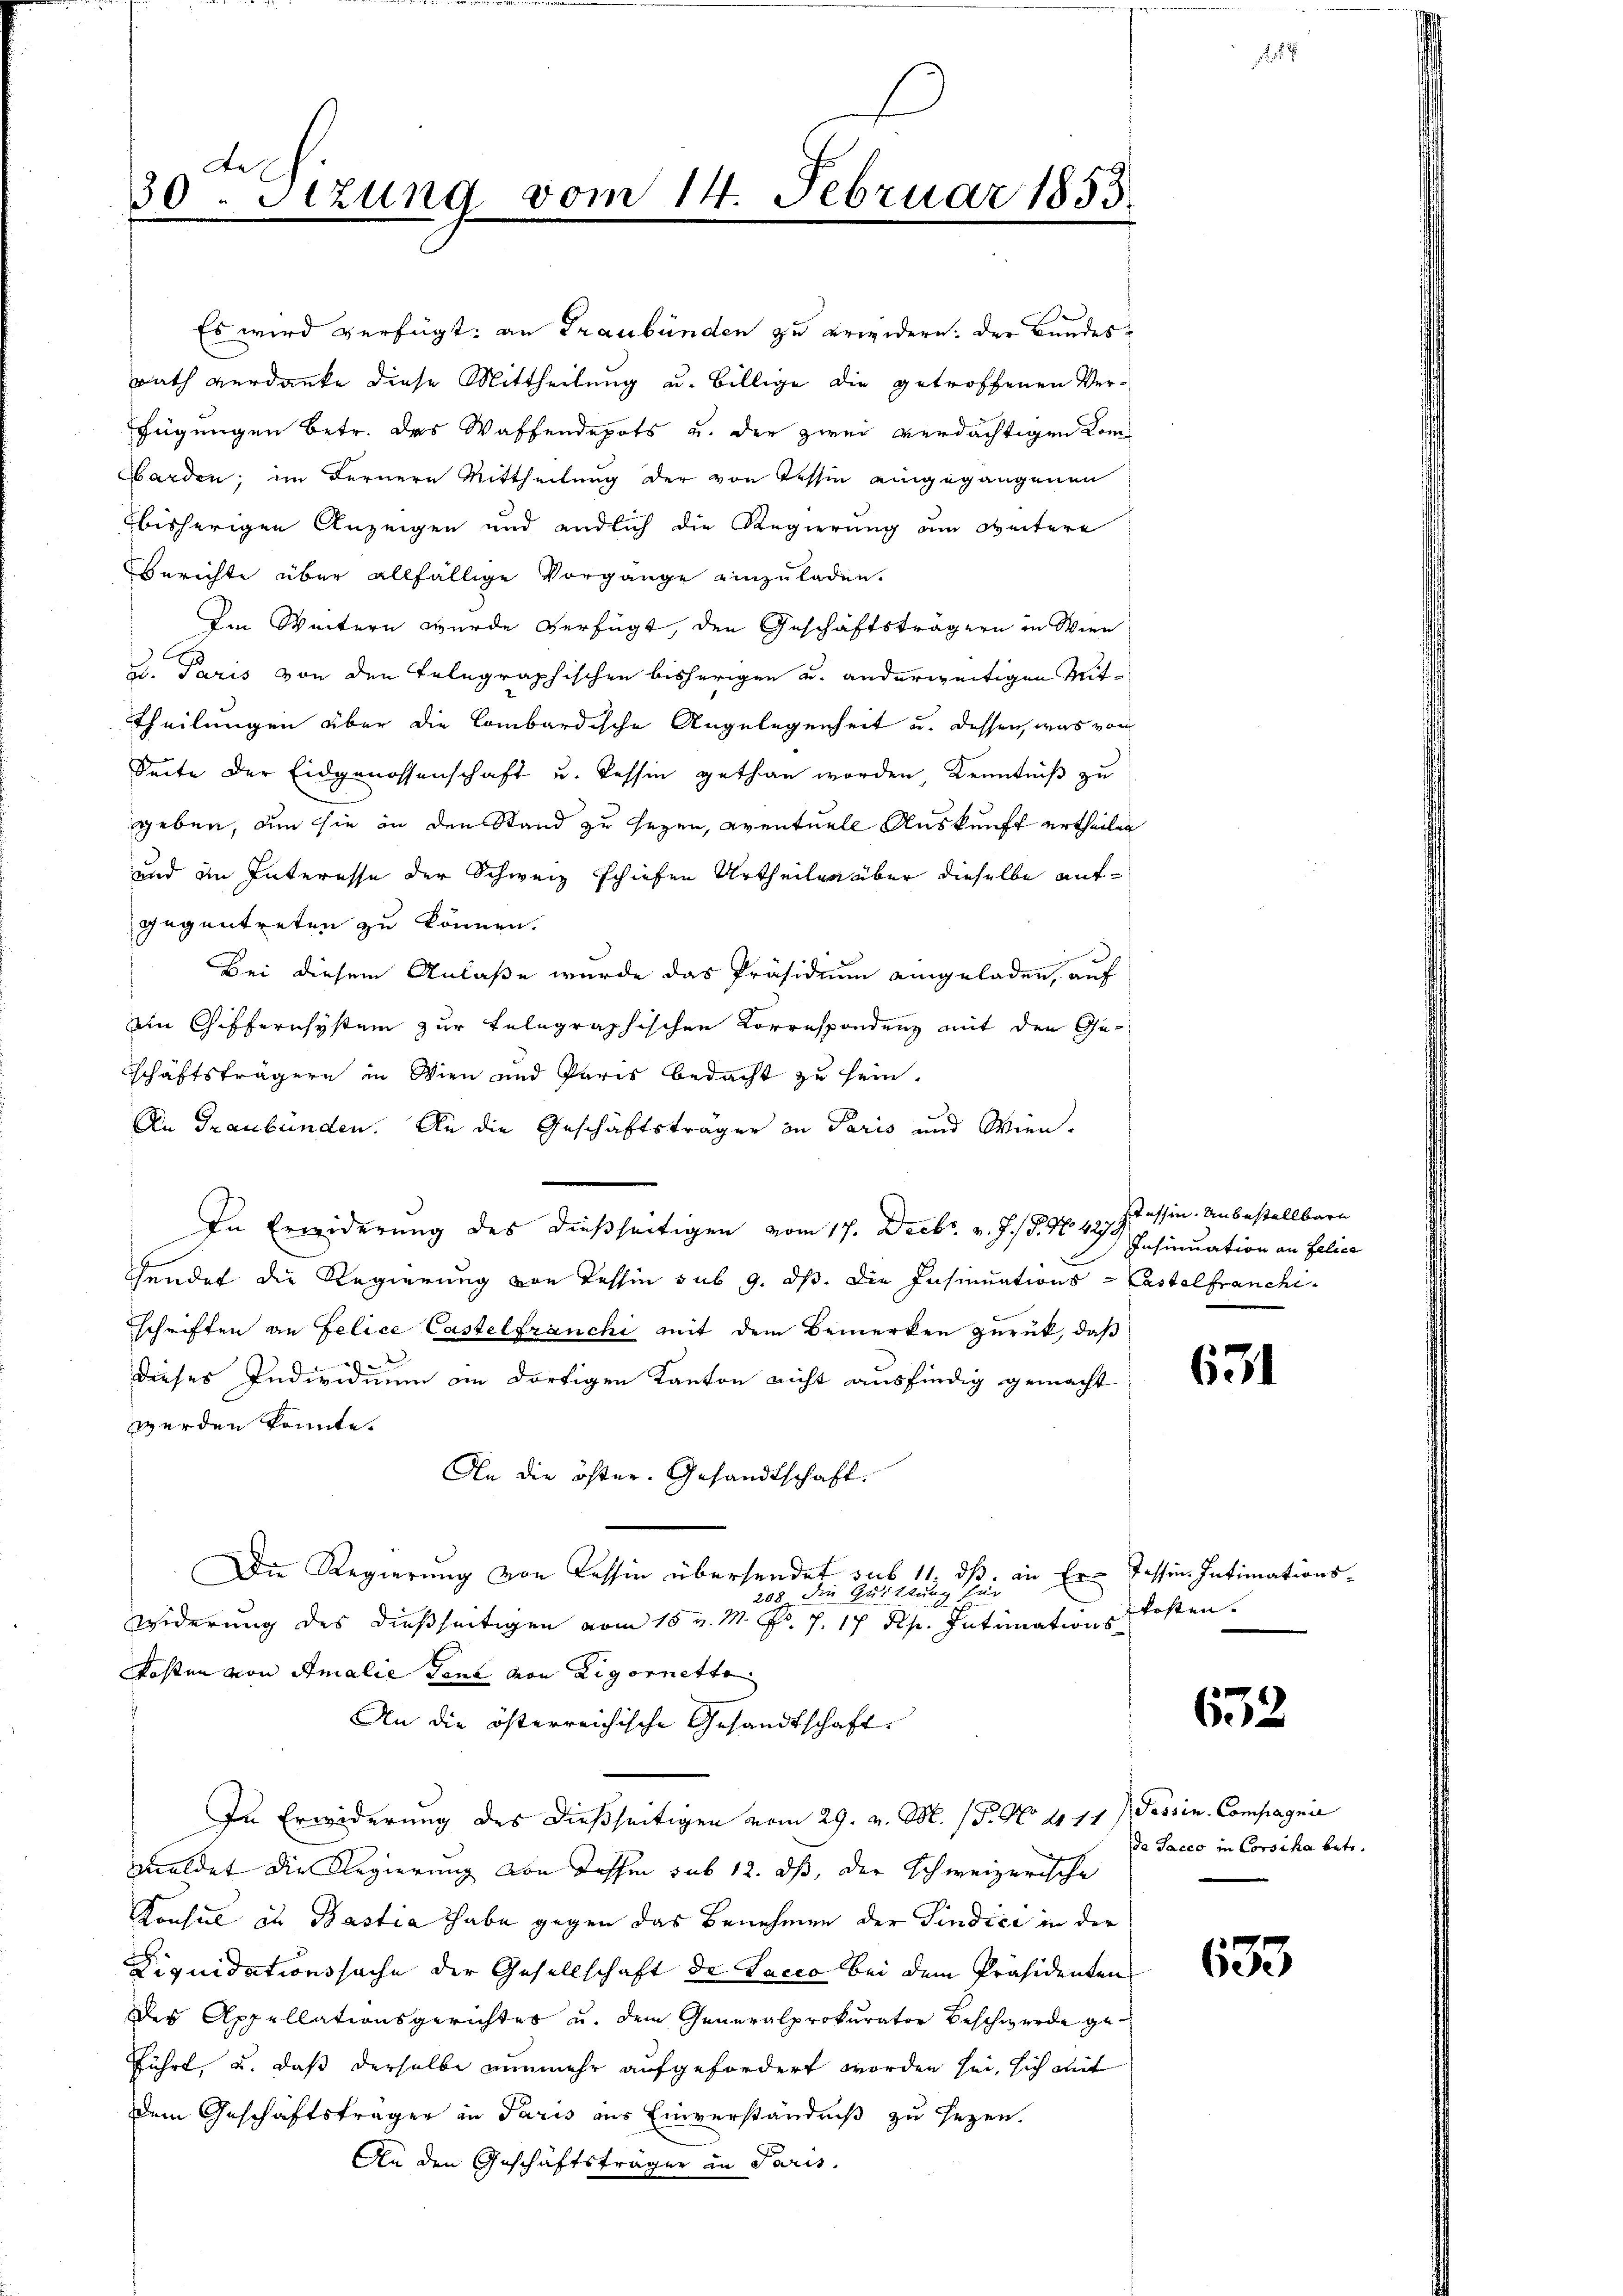
Ae
30.Stzung vom 14. Februar 1853

barden; im Fernere Mittheilung der von Tessin eingegangenen
bisherigen Anzeigen und endlich die Regierung am Weitere
Berichte über allfällige Vorgänge einzuladen.
Im Weitern wurde verfügt, den Geschäftsträgern in Wien
2. Paris von den Telegraphischen bisherigen u. anderweitigen Mit¬
Theilungen über die Combardische Angelegenheit u. dessen, was von
Seite der Eidgenossenschaft u. Tessin gethan worden, Kenntniß zu
geben, dem sie an den Stand zu sezen, eventuell Auskunft ertheilen
und im Interesse der Schweiz schiefen Urtheilen über dieselbe aufgegentreten zu können.
Bei diesem Anlaße wurde das Präsidium eingeladen, auf
ein Giffernsystem zur telegraphischen Korrespondenz mit den Geschäftsträgern in Wien und Paris bedacht zu sein.
An Graubünden. An die Geschäftsträger in Paris und Wien.
In Erwiderung des dießseitigen vom 17. Decbr. v. J. J. No. 427.
hendet die Regierung von Tessin sub 9. dß. Die Insinuations-Castelfranchischriften an Felice Castelfranchi mit dem Bemerken zurück, daß
dieses Individuum in dortigen Kanton nicht ausfindig gemacht
werden könnte.
An die öfter. Gesandtschaft.
Die Regierung von Tessin übersendet sub 11. dß. an Er-Tessin Intimations-
208 die Quittung für
widerung des dießseitigen vom 15 v. M. Fr. J. 17 Rp. Intimations
Kosten von Amalie Lenz von Ligornette
An die österreichische Gesandtschaft.
In Erwiderung des dießseitigen vom 29. v. M. (T. No. 4111) Tessin Compagnie
meldet die Regierung von dassen sub 12. ds, der Schweizerische
Konsul zu Bastia habe gegen das Benehmen der Sindice in der
Liquidationssache der Gesellschaft de Vacco bei dem Präsidenten
der Appellationsgerichtes u. dem Generalprokurator Beschwerde geführt, u. daß derselbe nunmehr aufgefordert worden sei, sich mit
dem Geschäftsträger in Paris aus Einverständniß zu sezen.
An den Geschäftsträger an Paris.

Es wird verfügt: an Graubünden zu erwidern. Der Bundesrath verdanke diese Mittheilung u. billige die getroffenen Verfügungen betr. das Waffendepots u. der zwei verdächtigen kom¬

Tessin. Unbestellbare
Insinuation an Felica

.

631

kosten.

652

da Sacco in Corsika betr.

633